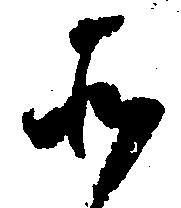
そ